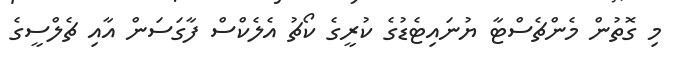
މި ގޮތުން މެންޗެސްޓާ ޔުނައިޓެޑުގެ ކުރީގެ ކޯޗު އެލެކްސް ފާގަސަން އާއި ޗެލްސީގެ